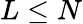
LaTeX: L\leq N